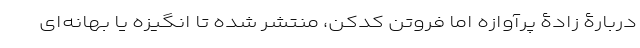
دربارۀ زادۀ پرآوازه اما فروتن کدکن، منتشر شده تا انگیزه یا بهانه‌ای